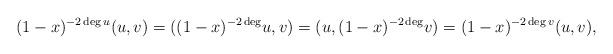
LaTeX: \begin{align*} (1-x)^{-2\deg u}(u,v)= ((1-x)^{-2\deg}u,v)=(u,(1-x)^{-2\deg}v)= (1-x)^{-2\deg v}(u,v),\end{align*}